Report on the cholera epidemic of
Year: 1868
Disease focus: Cholera
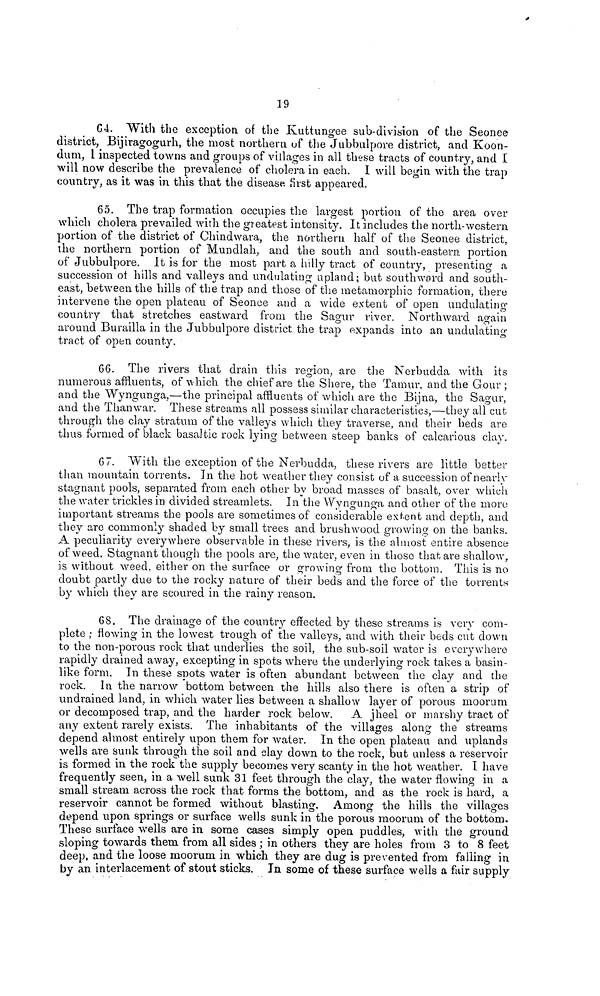
19
64. With the exception of the Kuttungee sub-division of the Seonee
district, Bijiragogurh, the most northern of the Jubbulpore district, and Koon-
dum, I inspected towns and groups of villages in all these tracts of country, and I
will now describe the prevalence of cholera in each. I will begin with the trap
country, as it was in this that the disease, first appeared.
65. The trap formation occupies the largest portion of the area over
which cholera prevailed with the greatest intensity. It includes the north-western
portion of the district of Chindwara, the northern half of the Seonee district,
the northern portion of Mundlah, and the south and south-eastern portion
of Jubbulpore. It is for the most part a hilly tract of country, presenting a
succession of hills and valleys and undulating upland; but southward and south-
east, between the hills of the trap and those of the metamorphic formation, there
intervene the open plateau of Seonee and a wide extent of open undulating
country that stretches eastward from the Sagur river. Northward again
around Bu railla in the Jubbulpore district the trap expands into an undulating
tract of open county.
66. The rivers that drain this region, are the Ncrbudda with its
numerous affluents, of which the chief are the Shere, the Tainur, and the Gour ;
and the Wyngunga,—the principal affluents of which are the Bijna, the Sagur,
and the Than war. These streams all possess similar characteristics,—they all cut
through the clay stratum of the valleys which they traverse, and their beds are
thus formed of black basaltic rock lying between steep banks of calcarious clay.
67. With the exception of the Nerbudda, these rivers are little better
than mountain torrents. In the hot weather they consist of a succession of nearly
stagnant pools, separated from each other by broad masses of basalt, over which
the water trickles in divided streamlets. In the Wyngunga and other of the moro
important streams the pools are sometimes of considerable extent and depth, and
they are commonly shaded by small trees and brushwood growing on the banks.
A peculiarity everywhere observable in these rivers, is the almost entire absence
of weed. Stagnant though the pools are, the water, even in those that are shallow,
is without weed, either on the surface or crowing from the bottom. This is no
doubt partly due to the rocky nature of their beds and the force of the torrents
by which they are scoured in the rainy reason.
68. The drainage of the country effected by these streams is very com-
plete ; flowing in the lowest trough of the valleys, and with their beds cut down
to the non-porous rock that underlies the soil, the sub-soil water is everywhere
rapidly drained away, excepting in spots where the underlying rock takes a basin-
like form. In these spots water is often abundant between the clay and the
rock. In the narrow bottom between the hills also there is often a strip of
undrained land, in which water lies between a shallow layer of porous moorum
or decomposed trap, and the harder rock below. A jheel or marshy tract of
any extent rarely exists. The inhabitants of the villages along the streams
depend almost entirely upon them for water. In the open plateau and uplands
wells are sunk through the soil and clay down to the rock, but unless a reservoir
is formed in the rock the supply becomes very scanty in the hot weather. I have
frequently seen, in a well sunk 31 feet through the clay, the water flowing in a
small stream across the rock that forms the bottom, and as the rock is hard, a
reservoir cannot be formed without blasting. Among the hills the villages
depend upon springs or surface wells sunk in the porous moorum of the bottom.
These surface wells are in some cases simply open puddles, with the ground
sloping towards them from all sides ; in others they are holes from 3 to 8 feet
deep, and the loose moorum in which they are dug is prevented from falling in
by an interlacement of stout sticks. In some of these surface wells a fair supply